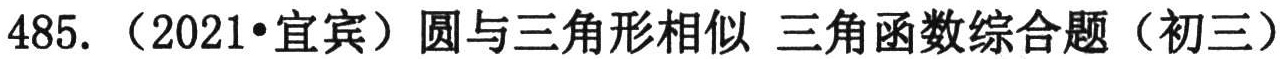
485. （2021•宜宾）圆与三角形相似 三角函数综合题（初三）